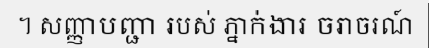
។ សញ្ញាបញ្ជា របស់ ភ្នាក់ងារ ចរាចរណ៍